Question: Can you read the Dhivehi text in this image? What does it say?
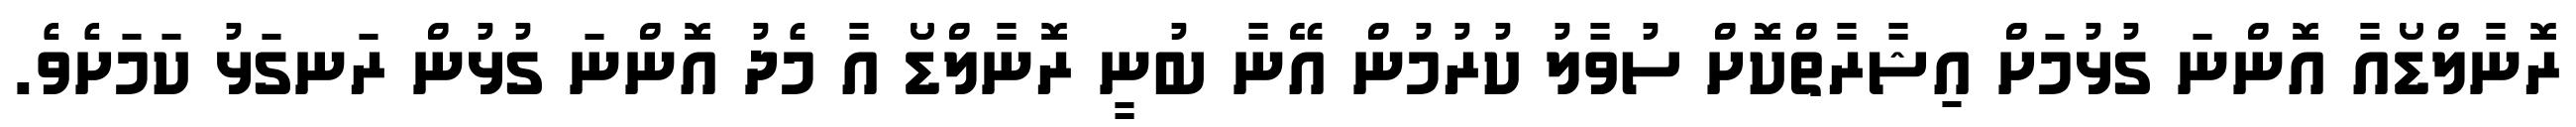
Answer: ރޮނާލްޑޯއާ އޮންނަ ގުޅުމަށް އިޝާރާތްކޮށް ސުވާލު ކުރުމުން އޭނާ ބުނީ ރޮނާލްޑޯ އާ މެދު އޮންނަ ގުޅުން ރަނގަޅު ކަމަށެވެ.